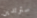
سترتدين